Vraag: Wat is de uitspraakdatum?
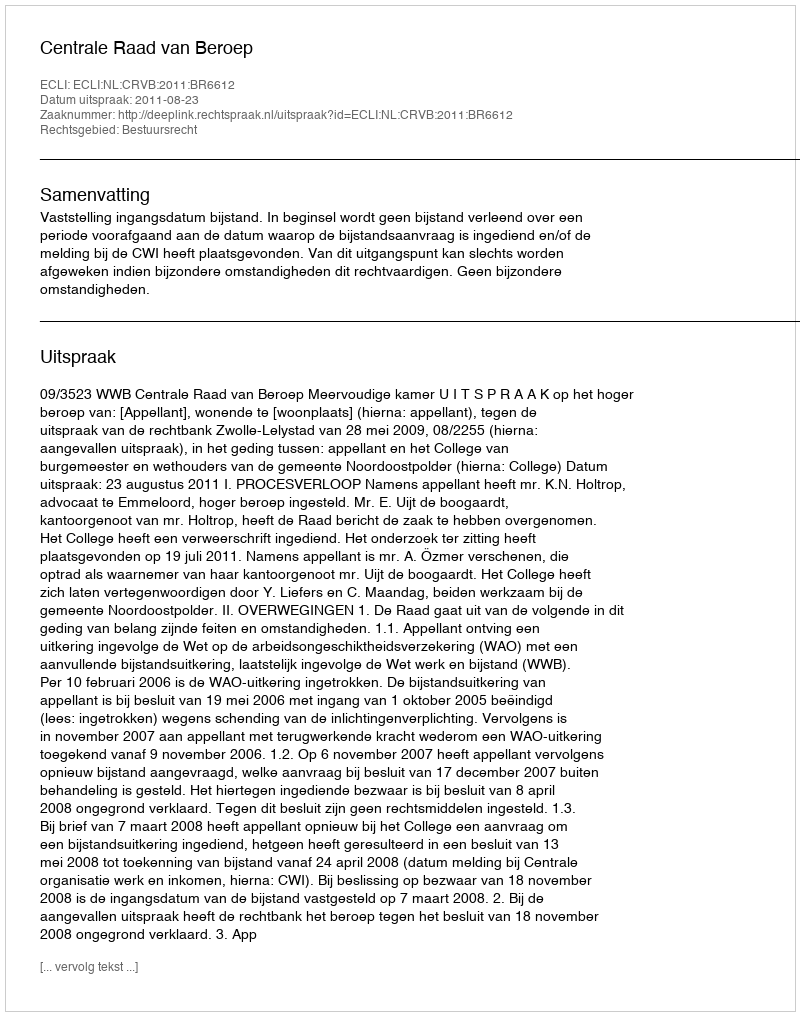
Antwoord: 2011-08-23